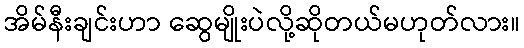
အိမ်နီးချင်းဟာ ဆွေမျိုးပဲလို့ဆိုတယ်မဟုတ်လား။